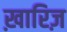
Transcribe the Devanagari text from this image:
ख़ारिज़